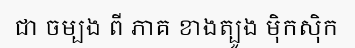
ជា ចម្បង ពី ភាគ ខាងត្បូង ម៉ិកស៊ិក